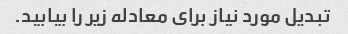
تبدیل مورد نیاز برای معادله زیر را بیابید.